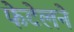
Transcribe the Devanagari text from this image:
फेटेलने